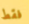
فقط